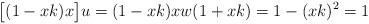
LaTeX: \begin{align*}\big[(1 - xk)x\big] u = (1 - xk)xw(1 + xk) = 1 - (xk)^2 = 1\end{align*}